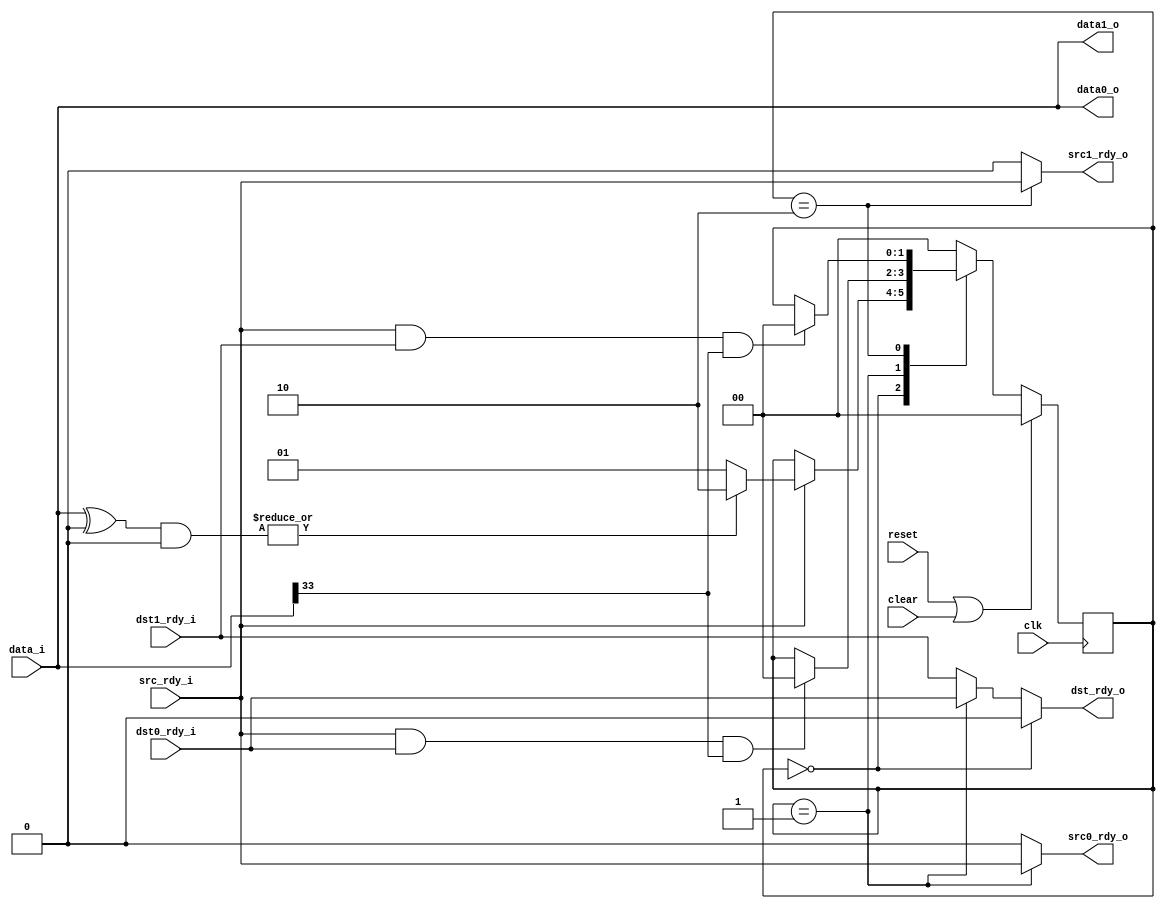
//
// Copyright 2011 Ettus Research LLC
//
// This program is free software: you can redistribute it and/or modify
// it under the terms of the GNU General Public License as published by
// the Free Software Foundation, either version 3 of the License, or
// (at your option) any later version.
//
// This program is distributed in the hope that it will be useful,
// but WITHOUT ANY WARRANTY; without even the implied warranty of
// MERCHANTABILITY or FITNESS FOR A PARTICULAR PURPOSE.  See the
// GNU General Public License for more details.
//
// You should have received a copy of the GNU General Public License
// along with this program.  If not, see <http://www.gnu.org/licenses/>.
//


// Demux packets from a fifo based on the contents of the first line
//  If first line matches the parameter and mask, send to data1, otherwise send to data0

module fifo36_demux
  #(parameter match_data = 0,
    parameter match_mask = 0)
   (input clk, input reset, input clear,
    input [35:0] data_i, input src_rdy_i, output dst_rdy_o,
    output [35:0] data0_o, output src0_rdy_o, input dst0_rdy_i,
    output [35:0] data1_o, output src1_rdy_o, input dst1_rdy_i);

   localparam DMX_IDLE = 0;
   localparam DMX_DATA0 = 1;
   localparam DMX_DATA1 = 2;
   
   reg [1:0] 	  state;

   wire 	  match = |( (data_i ^ match_data) & match_mask );
   wire 	  eof = data_i[33];
   
   always @(posedge clk)
     if(reset | clear)
       state <= DMX_IDLE;
     else
       case(state)
	 DMX_IDLE :
	   if(src_rdy_i)
	     if(match)
	       state <= DMX_DATA1;
	     else
	       state <= DMX_DATA0;
	 DMX_DATA0 :
	   if(src_rdy_i & dst0_rdy_i & eof)
	     state <= DMX_IDLE;
	 DMX_DATA1 :
	   if(src_rdy_i & dst1_rdy_i & eof)
	     state <= DMX_IDLE;
	 default :
	   state <= DMX_IDLE;
       endcase // case (state)

   assign dst_rdy_o = (state==DMX_IDLE) ? 0 : (state==DMX_DATA0) ? dst0_rdy_i : dst1_rdy_i;
   assign src0_rdy_o = (state==DMX_DATA0) ? src_rdy_i : 0;
   assign src1_rdy_o = (state==DMX_DATA1) ? src_rdy_i : 0;

   assign data0_o = data_i;
   assign data1_o = data_i;
   
endmodule // fifo36_demux